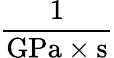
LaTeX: \frac{1}{\mathrm{{GPa}}\times\mathrm{{s}}}